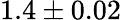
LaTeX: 1.4\pm 0.02